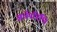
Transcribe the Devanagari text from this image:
अर्धपरिधि